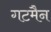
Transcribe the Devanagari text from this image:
गटमैन